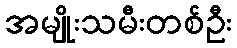
အမျိုးသမီးတစ်ဦး